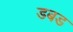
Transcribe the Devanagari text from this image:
डबड